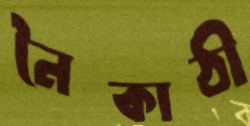
নৈকাঠী